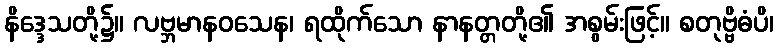
နိဒ္ဒေသတို့၌။ လဗ္ဘမာနဝသေန၊ ရထိုက်သော နာနတ္တတို့၏ အစွမ်းဖြင့်။ စတုဗ္ဗိဓံပိ၊